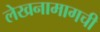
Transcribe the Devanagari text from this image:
लेखनामागची